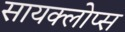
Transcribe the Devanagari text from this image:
सायक्लोप्स